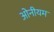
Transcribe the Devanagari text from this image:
ओनीयम